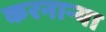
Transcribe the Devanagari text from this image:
करनार्‍या